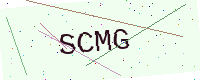
Text: SCMG